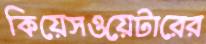
কিয়েসওয়েটারের